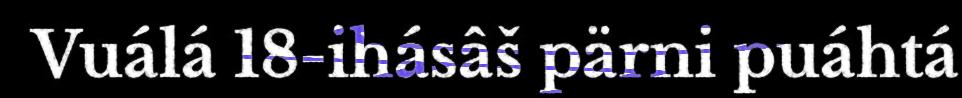
Vuálá 18-ihásâš pärni puáhtá